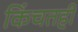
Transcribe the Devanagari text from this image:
किंचतही